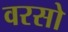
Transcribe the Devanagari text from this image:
वरसो